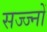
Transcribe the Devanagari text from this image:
सज्ज्नों